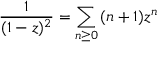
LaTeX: { \frac { 1 } { ( 1 - z ) ^ { 2 } } } = \sum _ { n \geq 0 } { ( n + 1 ) z ^ { n } }